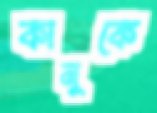
কানুকে